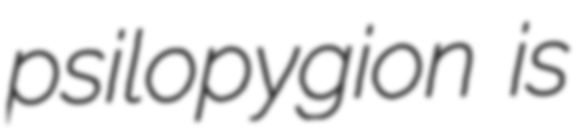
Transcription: psilopygion is